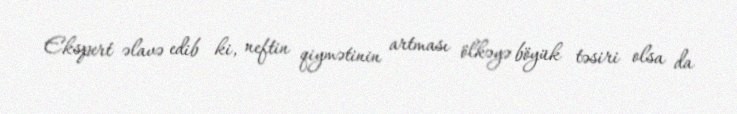
Ekspert əlavə edib ki, neftin qiymətinin artması ölkəyə böyük təsiri olsa da